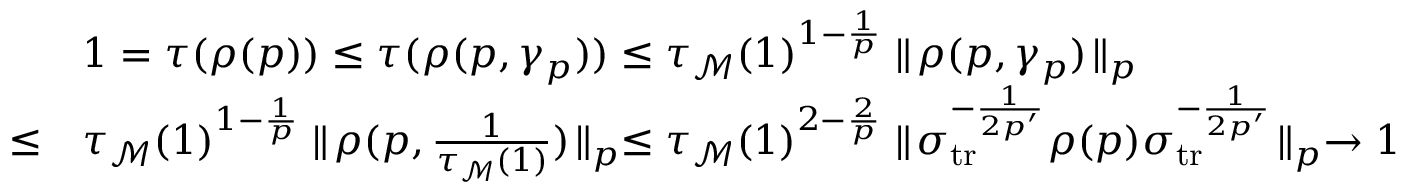
\begin{array} { r l } & { 1 = \tau ( \rho ( p ) ) \le \tau ( \rho ( p , \gamma _ { p } ) ) \le \tau _ { \mathcal M } ( 1 ) ^ { 1 - \frac { 1 } { p } } \parallel \! \rho ( p , \gamma _ { p } ) \! \parallel _ { p } } \\ { \le } & { \tau _ { \mathcal M } ( 1 ) ^ { 1 - \frac { 1 } { p } } \parallel \! \rho ( p , \frac { 1 } { \tau _ { \mathcal M } ( 1 ) } ) \! \parallel _ { p } \le \tau _ { \mathcal M } ( 1 ) ^ { 2 - \frac { 2 } { p } } \parallel \! \sigma _ { { { \mathrm { t r } } } } ^ { - \frac { 1 } { 2 p ^ { \prime } } } \rho ( p ) \sigma _ { { { \mathrm { t r } } } } ^ { - \frac { 1 } { 2 p ^ { \prime } } } \! \parallel _ { p } \to 1 } \end{array}